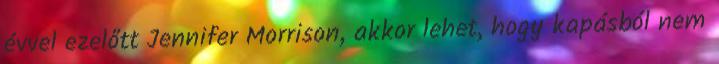
évvel ezelőtt Jennifer Morrison, akkor lehet, hogy kapásból nem